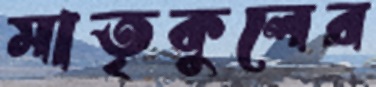
মাতৃকুলের